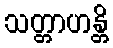
သတ္တာဟန္တိ